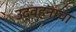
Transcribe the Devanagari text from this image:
उद्वहनाचा